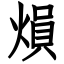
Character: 熉